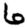
Digit: 6